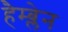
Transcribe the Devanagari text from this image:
हैम्ब्लेन